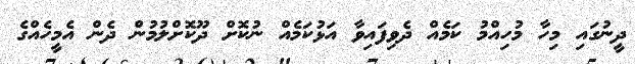
ދީނުގައި މިހާ މުހިއްމު ކަމެއް ދެވިފައިވާ އަޅުކަމެއް ނުކޮށް ދޫކޮށްލުމުން ދެން އެމީހެއްގެ